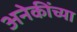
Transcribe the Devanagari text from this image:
अनेकींच्या